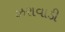
ઝરાવાડી